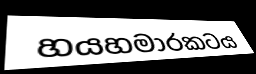
හයහමාරකටය